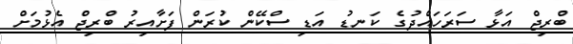
ބްރިޖް އަޅާ ސަރަހައްދުގެ ކަނޑު އަޑި ސްކޭން ކުރަން ފަށާއިރު ބްރިޖް އެޅުމަށް